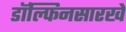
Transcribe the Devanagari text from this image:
डॉल्फिनसारखे